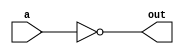
module inverting_buffer(
  input wire a,
  output reg out
);

assign out = ~a;

endmodule